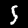
Digit: 5